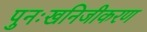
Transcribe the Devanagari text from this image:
पुनःखनिजीकरण